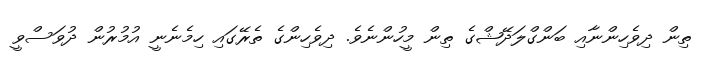
ތިން ދިވެހިންނާއި ބަންގްލަދޭޝްގެ ތިން މީހުންނެވެ. ދިވެހިންގެ ތެރޭގައި ހިމެނެނީ އުމުރުން ދުވަސްވީ